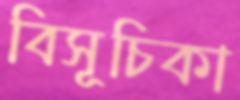
বিসূচিকা